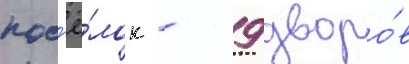
пос'ё́лок - 9 дворо́в